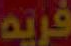
فريه